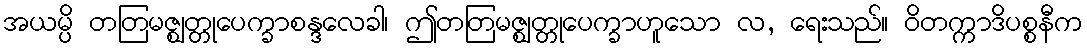
အယမ္ပိ တတြမဇ္ဈတ္တုပေက္ခာစန္ဒလေခါ၊ ဤတတြမဇ္ဈတ္တုပေက္ခာဟူသော လ, ရေးသည်။ ဝိတက္ကာဒိပစ္စနီက